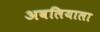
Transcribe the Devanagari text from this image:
अवलियाला